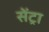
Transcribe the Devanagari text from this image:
सेंट्रा